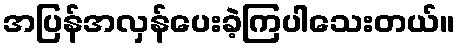
အပြန်အလှန်ပေးခဲ့ကြပါသေးတယ်။